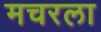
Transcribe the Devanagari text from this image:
मचरला